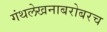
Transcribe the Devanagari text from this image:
गंथलेखनाबरोबरच